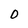
Character: 0